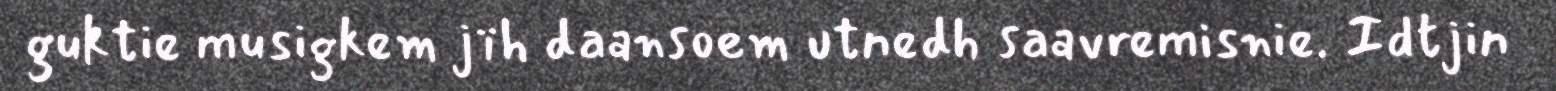
guktie musigkem jïh daansoem utnedh saavremisnie. Idtjin